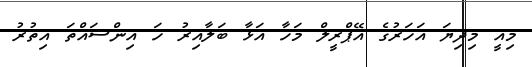
މިއީ މިދިޔަ އަހަރުގެ އޭޕްރީލް މަހާ އަޅާ ބަލާއިރު ހަ އިންސައްތަ އިތުރު